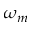
\omega _ { m }